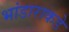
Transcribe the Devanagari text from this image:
भांडाराकडे